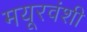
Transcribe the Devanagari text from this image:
मयूरवंशी